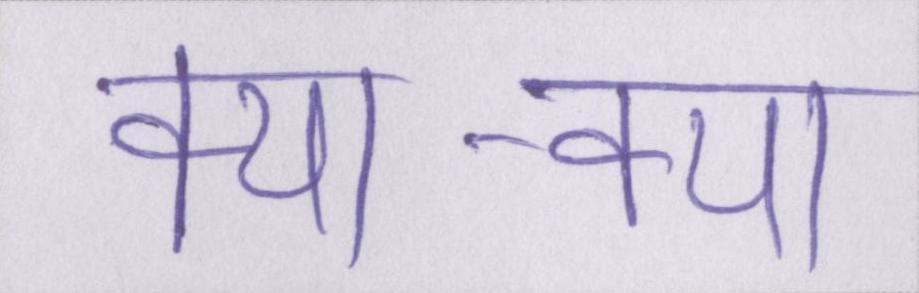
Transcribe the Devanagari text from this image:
क्या-क्या